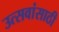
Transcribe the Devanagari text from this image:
उत्सवांसाठी